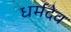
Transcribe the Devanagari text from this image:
धर्मदेव